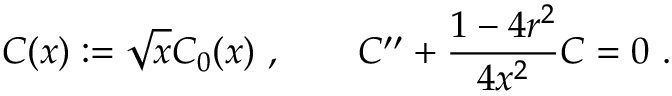
C ( x ) : = \sqrt { x } C _ { 0 } ( x ) ~ , \qquad C ^ { \prime \prime } + \frac { 1 - 4 r ^ { 2 } } { 4 x ^ { 2 } } C = 0 ~ .